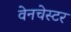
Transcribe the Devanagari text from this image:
वेनचेस्टर